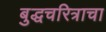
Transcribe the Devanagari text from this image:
बुद्धचरित्राचा